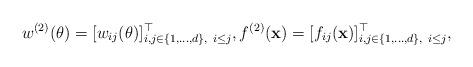
LaTeX: \begin{align*}w^{(2)}(\theta)=[w_{ij}(\theta)]^\top_{i,j\in\{1,\ldots,d\},~i\leq j},f^{(2)}({\bf{x}})=[f_{ij}({\bf{x}})]^\top_{i,j\in\{1,\ldots,d\},~i\leq j},\end{align*}